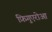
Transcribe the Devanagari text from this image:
फ़िगुएरोआ